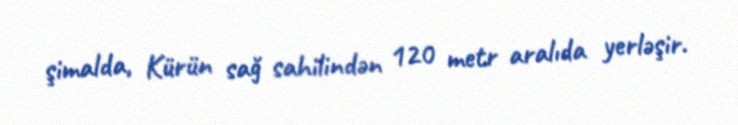
şimalda, Kürün sağ sahilindən 120 metr aralıda yerləşir.